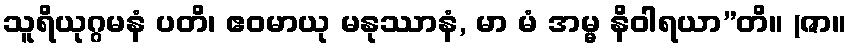
သူရိယုဂ္ဂမနံ ပတိ၊ ဧဝမာယု မနုဿာနံ, မာ မံ အမ္မ နိဝါရယာ”တိ။ (ဇာ။